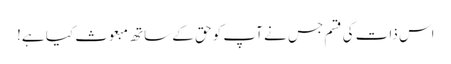
اس ذات کی قسم جس نے آپ کو حق کے ساتھ مبعوث کیا ہے!